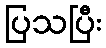
ပြသပြီး